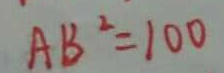
A B ^ { 2 } = 1 0 0